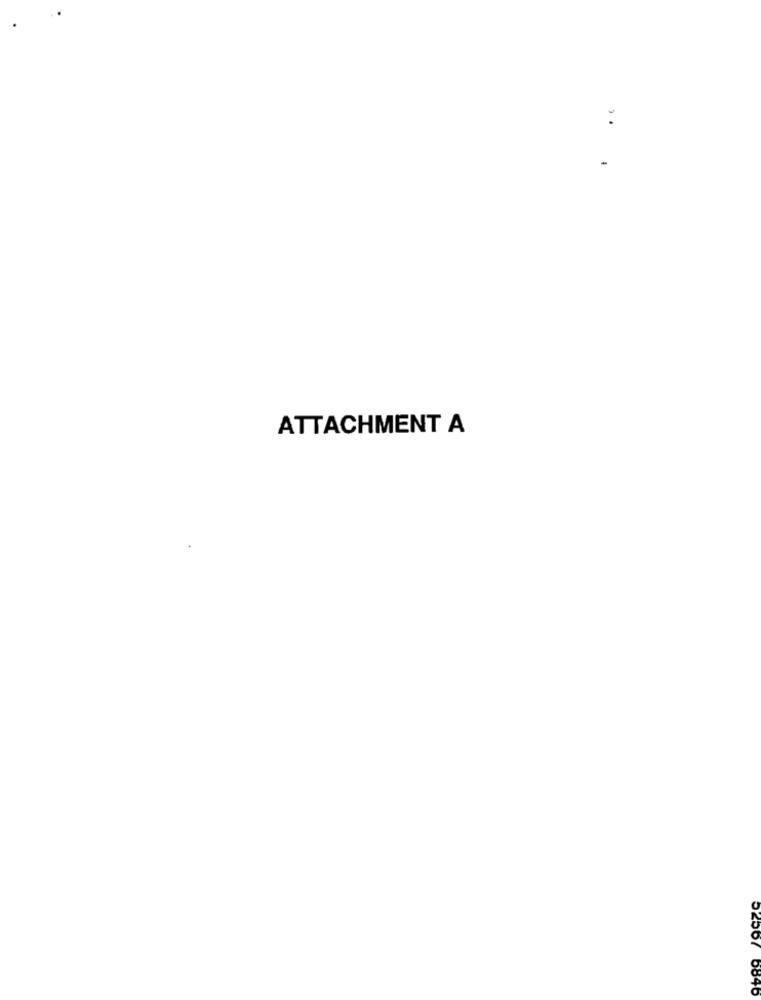
:
ATTACHMENT A
02567 6840